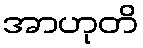
အာဟုတိ